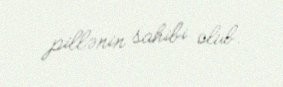
pillənin sahibi olub.